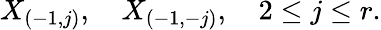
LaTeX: X_{(-1,j)},\quad X_{(-1,-j)},\quad 2\leq j\leq r.